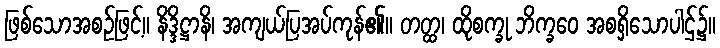
ဖြစ်သောအစဉ်ဖြင့်။ နိဒ္ဒိဋ္ဌာနိ၊ အကျယ်ပြအပ်ကုန်၏။ တတ္ထ၊ ထိုစက္ခု ဘိက္ခဝေ အစရှိသောပါဌ်၌။